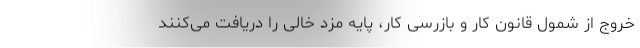
خروج از شمول قانون کار و بازرسی کار، پایه مزد خالی را دریافت می‌کنند